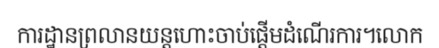
ការដ្ឋានព្រលានយន្តហោះចាប់ផ្តើមដំណើរការ។លោក